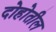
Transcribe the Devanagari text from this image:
दोहोतील